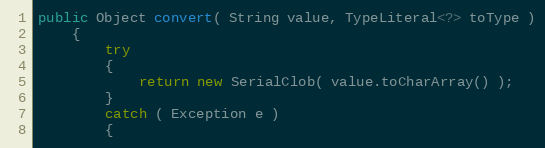
Language: Java
public Object convert( String value, TypeLiteral<?> toType )
    {
        try
        {
            return new SerialClob( value.toCharArray() );
        }
        catch ( Exception e )
        {